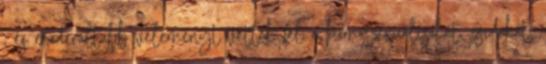
, és moderáltabb véleményt vettek fel a homoszexuálisokat, zsidókat,